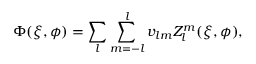
\Phi ( \xi , \phi ) = \sum _ { l } \sum _ { m = - l } ^ { l } v _ { l m } Z _ { l } ^ { m } ( \xi , \phi ) ,